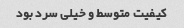
کیفیت متوسط و خیلی سرد بود